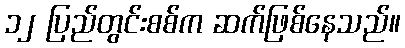
၁၂ ပြည်တွင်းစစ်က ဆက်ဖြစ်နေသည်။